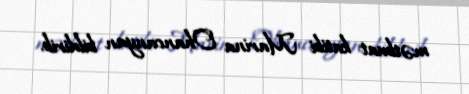
mətbuat katibi Marina Ohancanyan bildirib.